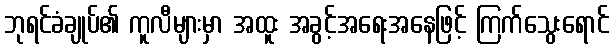
ဘုရင်ခံချုပ်၏ ကူလီများမှာ အထူး အခွင့်အရေးအနေဖြင့် ကြက်သွေးရောင်